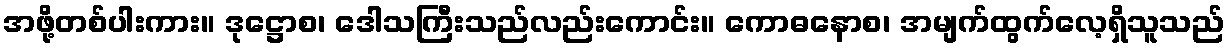
အဖို့တစ်ပါးကား။ ဒုဋ္ဌောစ၊ ဒေါသကြီးသည်လည်းကောင်း။ ကောဓနောစ၊ အမျက်ထွက်လေ့ရှိသူသည်